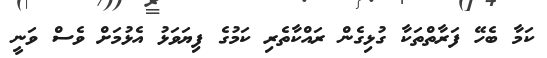
ކަމާ ބެހޭ ފަރާތްތަކާ ގުޅިގެން ރައްކާތެރި ކަމުގެ ފިޔަވަޅު އެޅުމަށް ވެސް ވަނީ